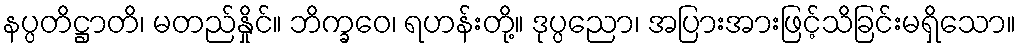
နပ္ပတိဋ္ဌာတိ၊ မတည်နှိုင်။ ဘိက္ခဝေ၊ ရဟန်းတို့။ ဒုပ္ပညော၊ အပြားအားဖြင့်သိခြင်းမရှိသော။